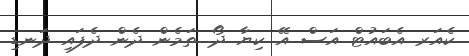
ކެއަރ އެބައުޓް އަސް އޭ ކިޔާ ދޯ. ތަމެން ދެން ދެފައި ދަނޑި